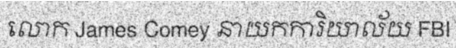
លោក James Comey នាយកការិយាល័យ FBI